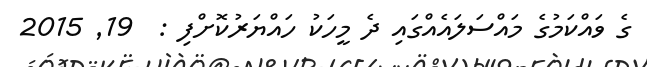
ގެ ވައްކަމުގެ މައްސަލައެއްގައި ދެ މީހަކު ހައްޔަރުކޮށްފި :  19